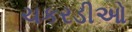
ચકરડીઓ